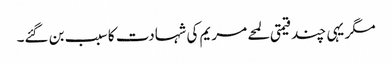
مگر یہی چند قیمتی لمحے مریم کی شہادت کا سبب بن گئے۔